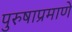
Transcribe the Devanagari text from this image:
पुरुषाप्रमाणे